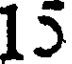
15